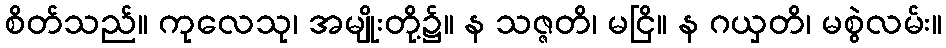
စိတ်သည်။ ကုလေသု၊ အမျိုးတို့၌။ န သဇ္ဇတိ၊ မငြိ။ န ဂယှတိ၊ မစွဲလမ်း။